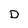
Character: D